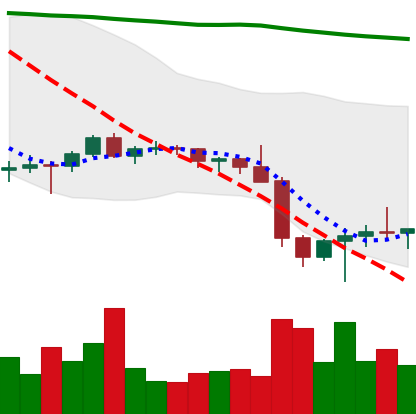
Ticker: BTC-USD
Chart end date: 2022-01-27
Forward return: 4.322%
Label: up_3_5